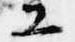
工